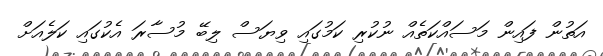
އަތުން ފައިން މަސައްކަތެއް ނުކުރި ކަމުގައި ވިޔަސް ލިބޭ މުސާރަ އެކުގައި ކަލެއަށް